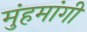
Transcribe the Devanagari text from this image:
मुंहमांगी